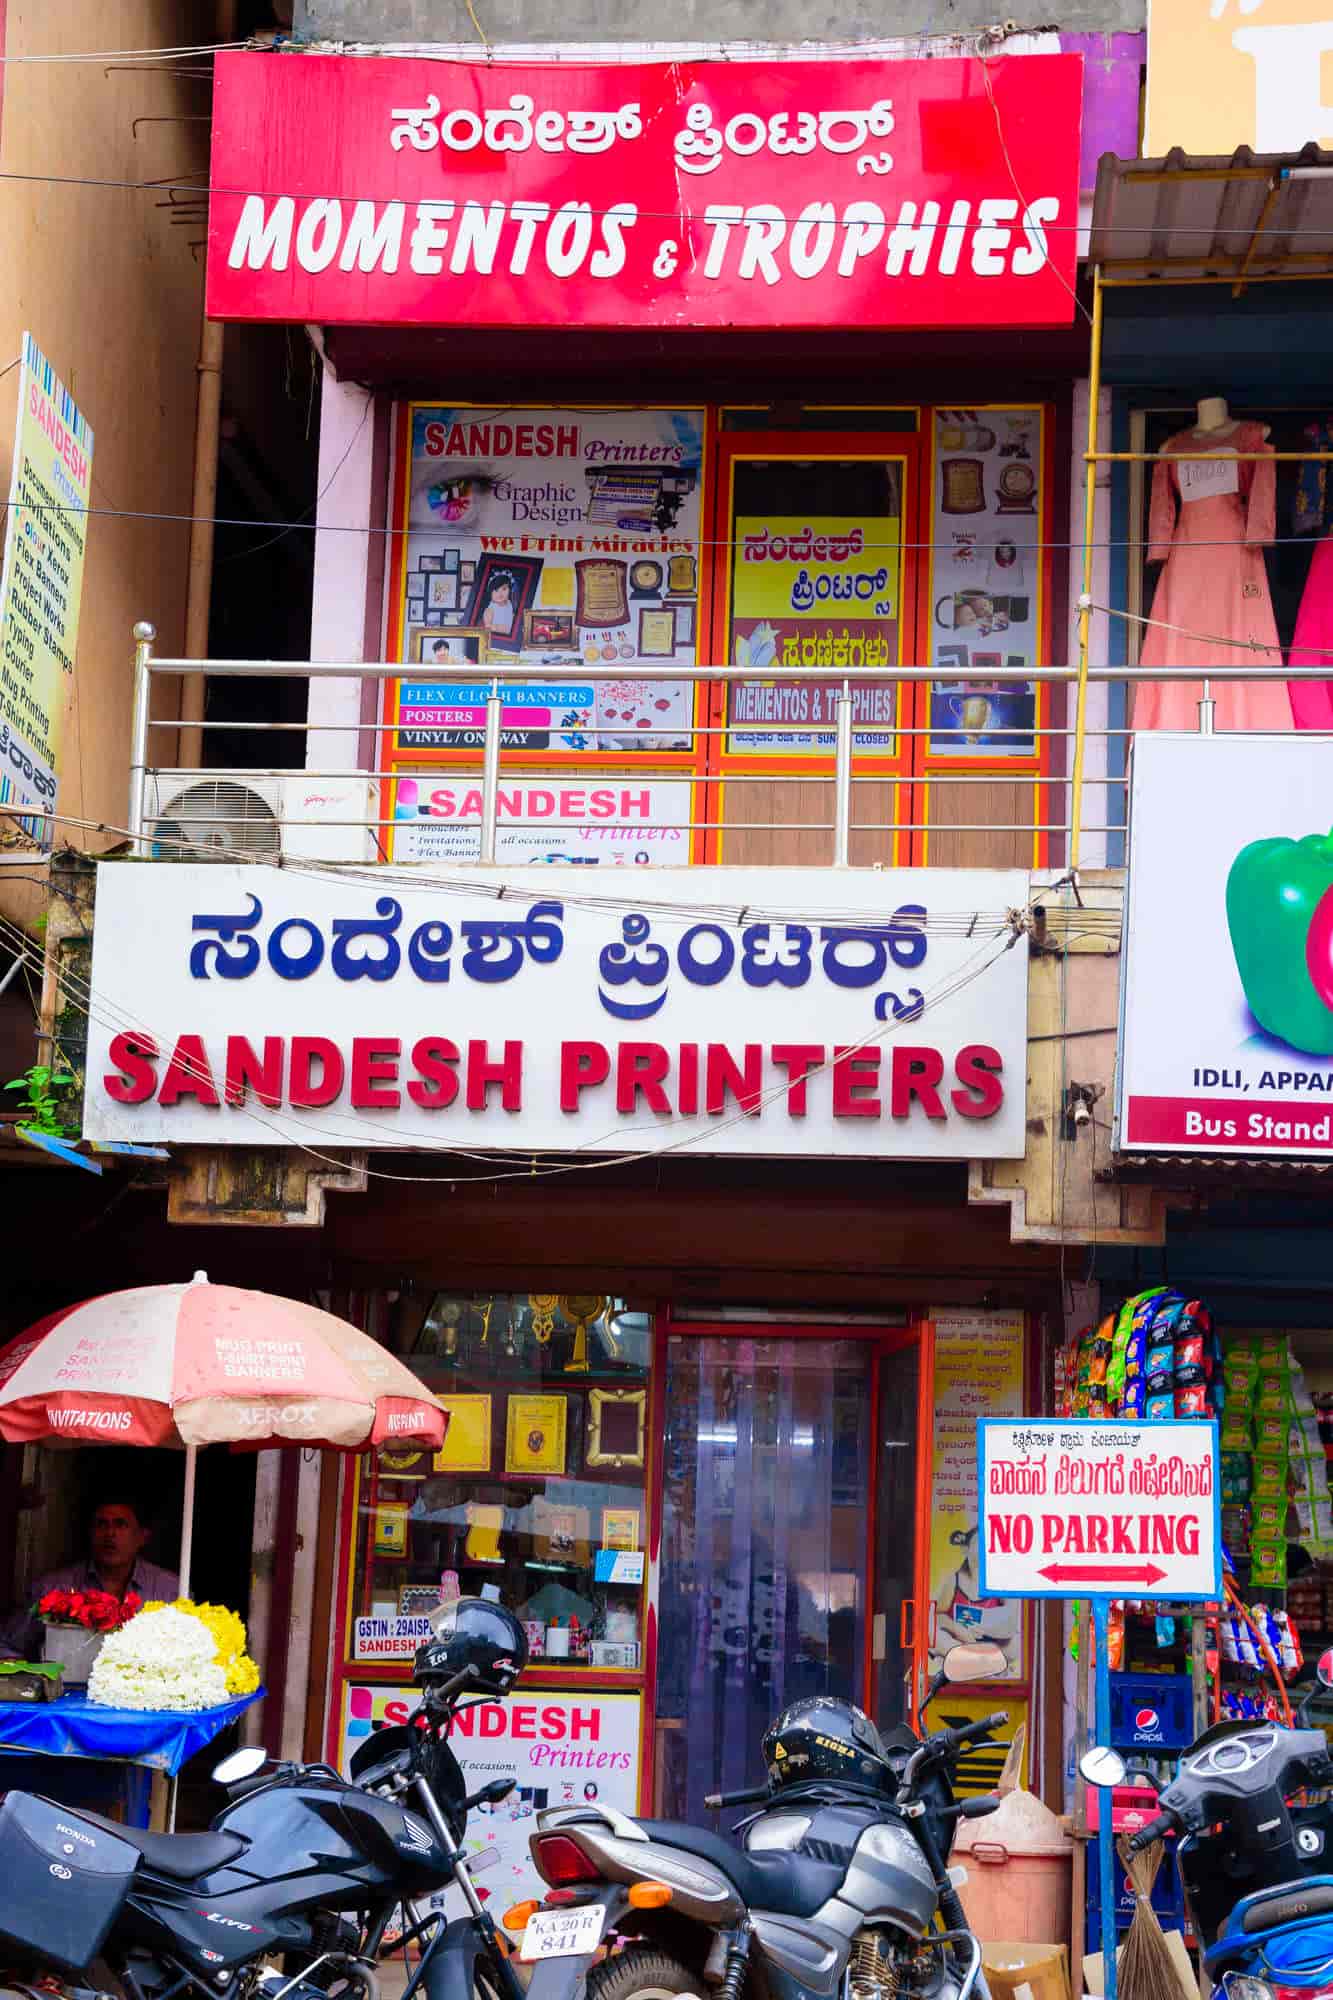
Language: kannada
Transcription: ಪ್ರಿಂಟರ್ರ್ಸ್ ನಿಲುಗಡೆ ಸಂದೇಶ್ ಪ್ರಿಂಟರ್ರ್ಸ್ ಪ್ರಿಂಟರ್ರ್ಸ್ ಸಂದೇಶ್ ನಿಷೇದಿಸಿದೆ ವಾಹನ ಸಂದೇಶ್